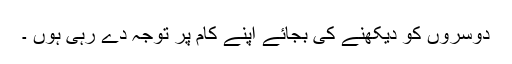
دوسروں کو دیکھنے کی بجائے اپنے کام پر توجہ دے رہی ہوں ۔